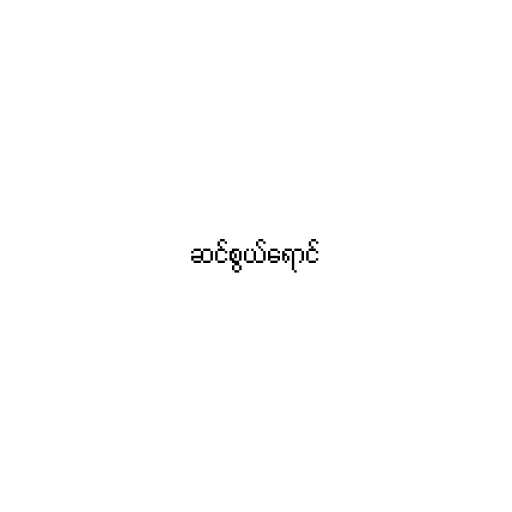
ဆင်စွယ်ရောင်